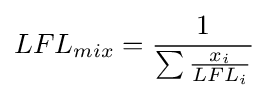
LFL_{mix}={\frac {1}{\sum {\frac {x_{i}}{LFL_{i}}}}}